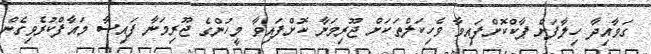
ގަވާއިދާ ހިލާފަށް ޕާކްކޮށްފައިވާ ވެހިކަލްތަކަށް ޖޫރިމަނާ ކޮށްފައިވާ މީހުންގެ ޖޫރިމަނާ ފައިސާ މައާފްކުރެވިގެން